Malaria in the Punjab - Number 46
Disease focus: Malaria
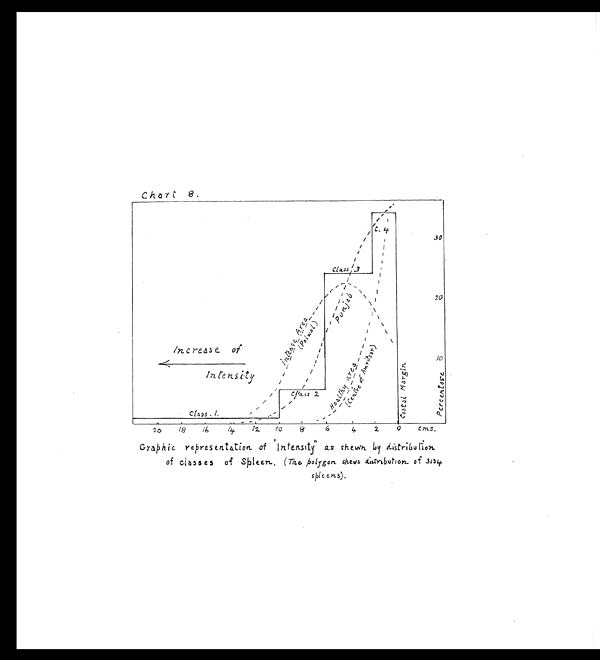
Chart 8.
Graphic representation of "Intensity as shewn by distribution,
of Classes of Spleer. (The polygon shews distribution of 3134
splens).